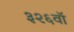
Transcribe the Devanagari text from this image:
३२६वॉ